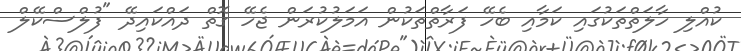
ކުއްލި ހާލަތްތަކުގައި ކަމާއި ބެހޭ ފަރާތްތަކުން އަމަލުކުރަން ޖެހޭ ގޮތް ދައްކައިދޭ "ފުލްސްކޭލް